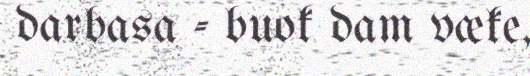
darbasa - buok dam væke,